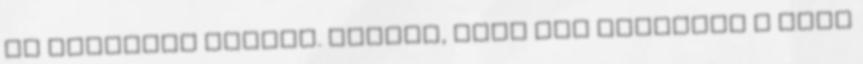
is hasznára legyen. Hiszem, hogy már elindult a nagy